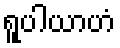
ရူပါယာဟံ